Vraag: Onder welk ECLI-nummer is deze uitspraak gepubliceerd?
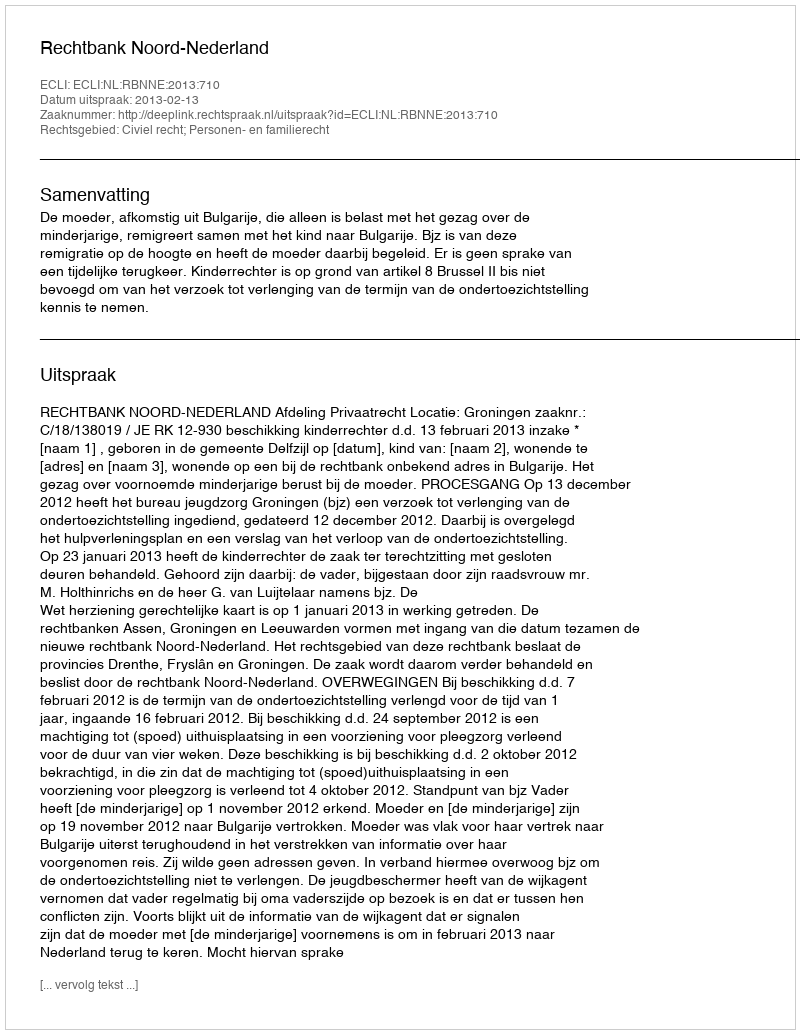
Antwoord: ECLI:NL:RBNNE:2013:710